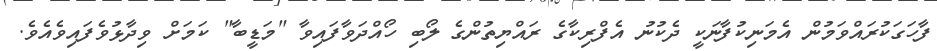
ފާހަގަކުރައްވަމުން އެމަނިކުފާނަކީ ދެކުނު އެފްރިކާގެ ރައްޔިތުންގެ ލޯބި ހޯއްދަވާފައިވާ "މަޑީބާ" ކަމަށް ވިދާޅުވެފައިވެއެވެ.